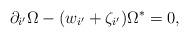
LaTeX: \begin{align*}\partial _{i^{\prime }}\Omega -(w_{i^{\prime }}+\zeta _{i^{\prime }})\Omega^{\ast }=0, \end{align*}